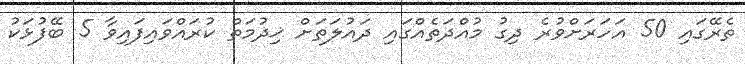
ތެރޭގައި 50 އަހަރަށްވުރެ ދިގު މުއްދަތެއްގައި ދައުލަތަށް ޚިދުމަތް ކުރައްވައިފައިވާ 5 ބޭފުޅަކު